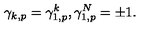
\gamma _ { k , p } = \gamma _ { 1 , p } ^ { k } , \gamma _ { 1 , p } ^ { N } = \pm 1 .